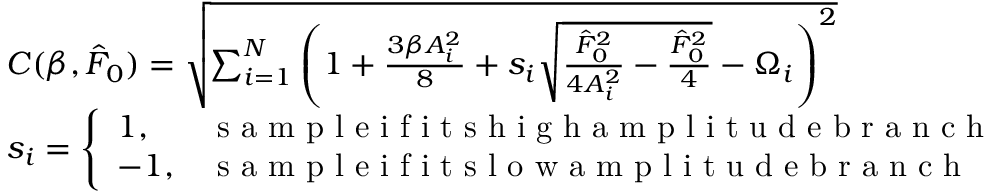
\begin{array} { r l } & { C ( \beta , \hat { F } _ { 0 } ) = \sqrt { \sum _ { i = 1 } ^ { N } { \left( 1 + \frac { 3 \beta A _ { i } ^ { 2 } } { 8 } + s _ { i } \sqrt { \frac { \hat { F } _ { 0 } ^ { 2 } } { 4 A _ { i } ^ { 2 } } - \frac { \hat { F } _ { 0 } ^ { 2 } } { 4 } } - \Omega _ { i } \right) ^ { 2 } } } } \\ & { s _ { i } = \left\{ \begin{array} { l l } { 1 , } & { \textrm { s a m p l e i f i t s h i g h a m p l i t u d e b r a n c h } } \\ { - 1 , } & { \textrm { s a m p l e i f i t s l o w a m p l i t u d e b r a n c h } } \end{array} \right. } \end{array}